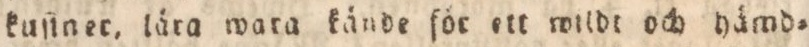
kuſiner, lära wara kände för ett wildt och hämd=